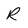
Character: R